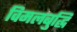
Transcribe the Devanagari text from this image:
विमलबुद्धि